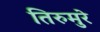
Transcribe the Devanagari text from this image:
तिरुमुरे